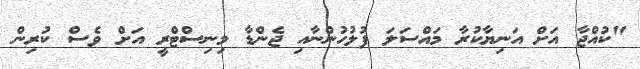
"ކުއްޖާ އަށް އަނިޔާކުރާ މައްސަލަ ފުލުހުންނާއި ޖެންޑާ މިނިސްޓްރީ އަށް ވެސް ކުރިން